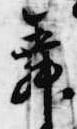
舞